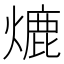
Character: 熝